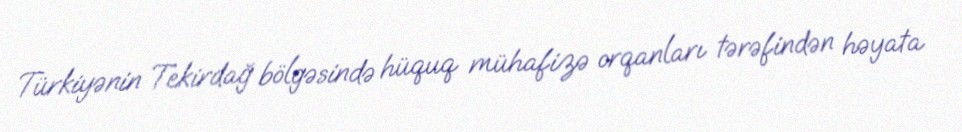
Türkiyənin Tekirdağ bölgəsində hüquq mühafizə orqanları tərəfindən həyata